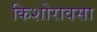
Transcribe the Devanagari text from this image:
किशोरावसा